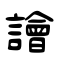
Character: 譮